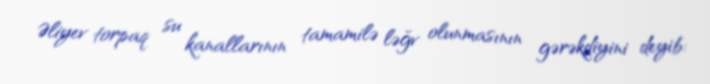
Əliyev torpaq su kanallarının tamamilə ləğv olunmasının gərəkdiyini deyib: